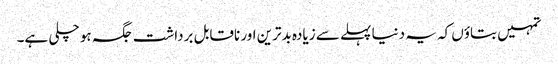
تمہیں بتاؤں کہ یہ دنیا پہلے سے زیادہ بدترین اور ناقابل برداشت جگہ ہو چلی ہے۔